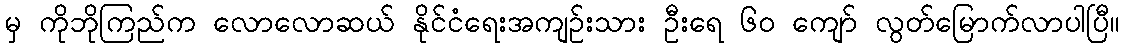
မှ ကိုဘိုကြည်က လောလောဆယ် နိုင်ငံရေးအကျဉ်းသား ဦးရေ ၆၀ ကျော် လွတ်မြောက်လာပါပြီ။